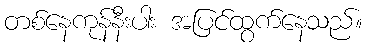
တစ်နေကုန်နီးပါး အပြင်ထွက်နေသည်။